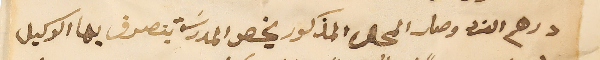
درهم الفرد وصار المحل المذكور يخص المدرسَة يتصرف بها الوكيل